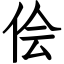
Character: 侩